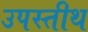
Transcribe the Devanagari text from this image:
उपस्तीथ